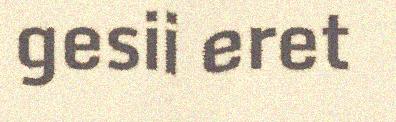
gesii eret